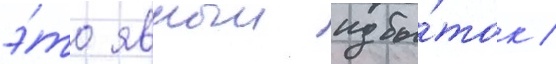
э́то явныи избы́ток /